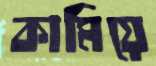
কামিয়ে